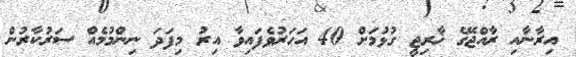
އިރާނާއި ރާއްޖޭގެ ޚާރިޖީ ގުޅުމަށް 40 އަހަރުވެފައިވާ އިރު މިފަދަ ނިންމުމެއް ސަރުކާރުން